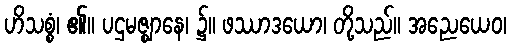
ဟိသစ္စံ၊ ၏။ ပဌမဇ္ဈာနေ၊ ၌။ ဖဿာဒယော၊ တို့သည်။ အညေယေဝ၊